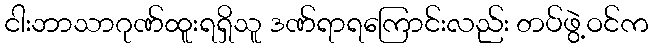
ငါးဘာသာဂုဏ်ထူးရရှိသူ ဒဏ်ရာရကြောင်းလည်း တပ်ဖွဲ့ဝင်က